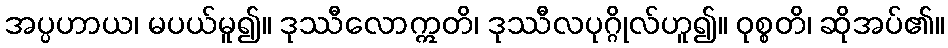
အပ္ပဟာယ၊ မပယ်မူ၍။ ဒုဿီလောဣတိ၊ ဒုဿီလပုဂ္ဂိုလ်ဟူ၍။ ဝုစ္စတိ၊ ဆိုအပ်၏။